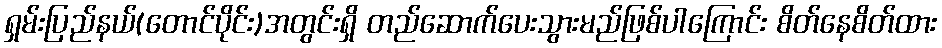
ရှမ်းပြည်နယ်(တောင်ပိုင်း)အတွင်းရှိ တည်ဆောက်ပေးသွားမည်ဖြစ်ပါကြောင်း စိတ်နေစိတ်ထား